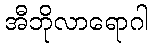
အီဘိုလာရောဂါ